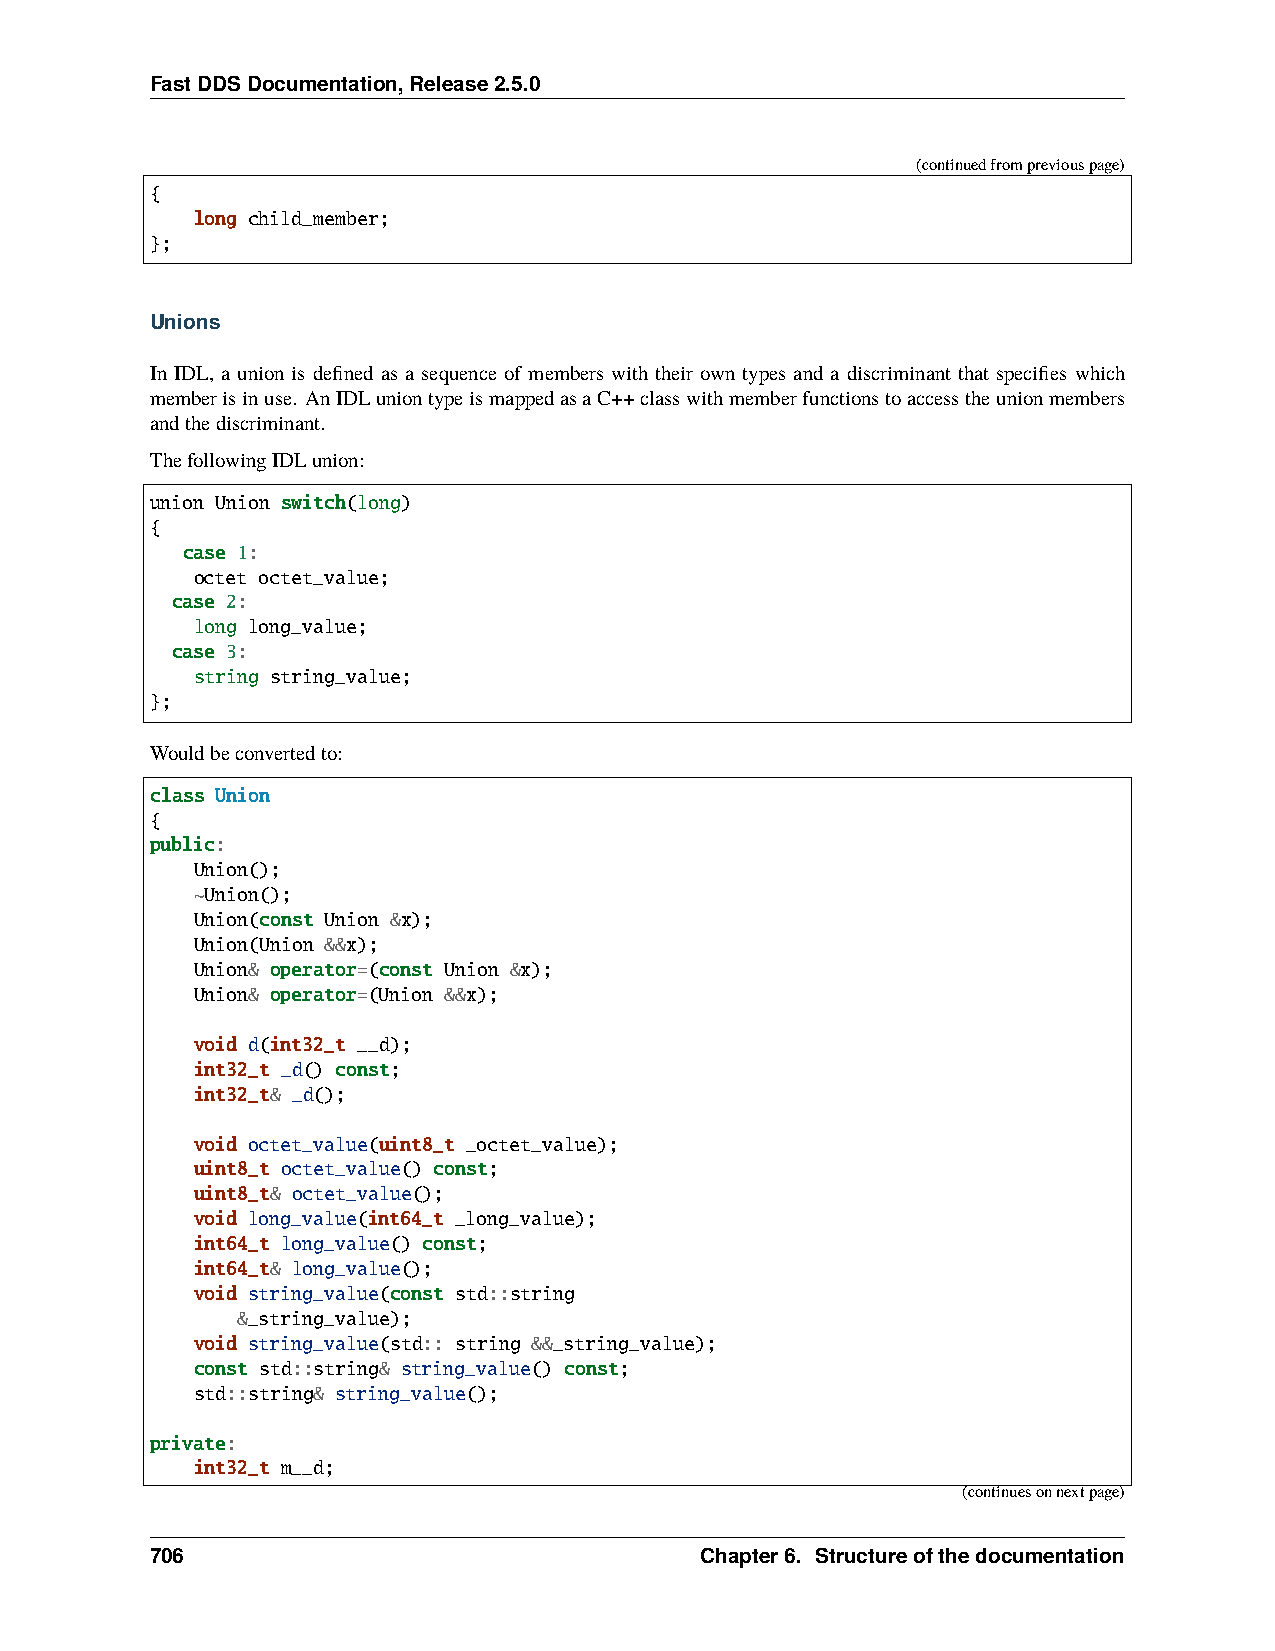
FastDDSDocumentation,Release2.5.0
 (continuedfrompreviouspage)
 {
 long child_member;
 };
 Unions
 In IDL, a union is defined as a sequence of members with their own types and a discriminant that specifies which
 memberisinuse. AnIDLuniontypeismappedasaC++classwithmemberfunctionstoaccesstheunionmembers
 andthediscriminant.
 ThefollowingIDLunion:
 union Union switch(long)
 {
 case 1:
 octet octet_value;
 case 2:
 long long_value;
 case 3:
 string string_value;
 };
 Wouldbeconvertedto:
 class Union
 {
 public:
 Union();
 ~Union();
 Union(const Union &x);
 Union(Union &&x);
 Union& operator=(const Union &x);
 Union& operator=(Union &&x);
 void d(int32_t __d);
 int32_t _d() const;
 int32_t& _d();
 void octet_value(uint8_t _octet_value);
 uint8_t octet_value() const;
 uint8_t& octet_value();
 void long_value(int64_t _long_value);
 int64_t long_value() const;
 int64_t& long_value();
 void string_value(const std::string
 &_string_value);
 void string_value(std:: string &&_string_value);
 const std::string& string_value() const;
 std::string& string_value();
 private:
 int32_t m__d;
 (continuesonnextpage)
 706                                 Chapter6. Structureofthedocumentation